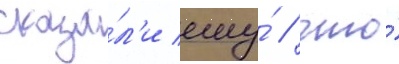
сказа́л'и ему́ / что́